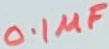
Text: 0.1µF